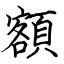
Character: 額